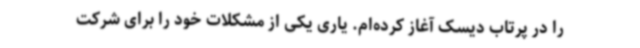
را در پرتاب دیسک آغاز کرده‌ام. یاری یکی از مشکلات خود را برای شرکت